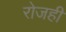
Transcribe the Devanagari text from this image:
रोजही